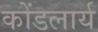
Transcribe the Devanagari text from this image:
कोंडलार्य